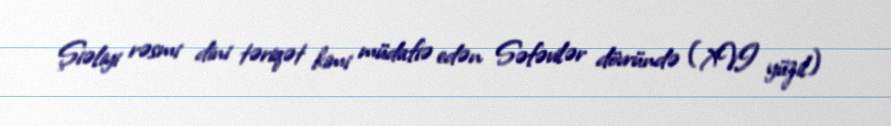
Şiəliyi rəsmi dini təriqət kimi müdafiə edən Səfəvilər dövründə (XVI yüzil)